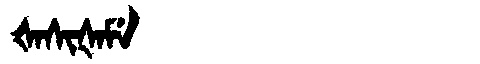
Manchu: ᡧᠠᠰᡳᡧᠠᠮᡝ
Romanization: ŠASIŠAME